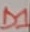
Text: D1